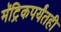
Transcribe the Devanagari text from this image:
मॅट्रिकपर्यंतही